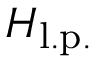
H _ { \mathrm { l . p . } }